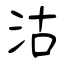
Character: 沽